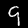
Label: 9